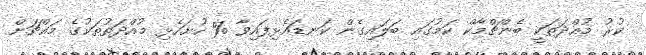
ކުރު މުއްދަތަކީ ބެންޗްމާކް ކަމުގައި ބަލައިގެން ކަނޑައެޅިފައިވާ % ހުށަހެޅި މުއްދަތުތަކުގެ މައްޗަށް